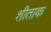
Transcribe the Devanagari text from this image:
शीताक